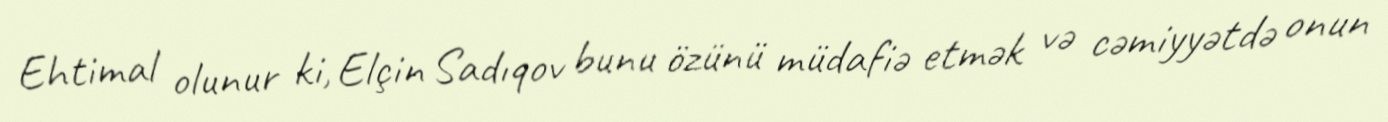
Ehtimal olunur ki, Elçin Sadıqov bunu özünü müdafiə etmək və cəmiyyətdə onun